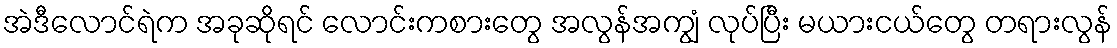
အဲဒီလောင်ရဲက အခုဆိုရင် လောင်းကစားတွေ အလွန်အကျွံ လုပ်ပြီး မယားငယ်တွေ တရားလွန်